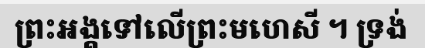
ព្រះអង្គទៅលើព្រះមហេសី ។ ទ្រង់